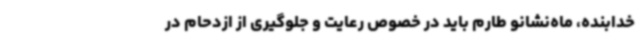
خدابنده، ماه‌نشانو طارم باید در خصوص رعایت و جلوگیری از ازدحام در